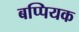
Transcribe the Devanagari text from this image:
बप्पियक